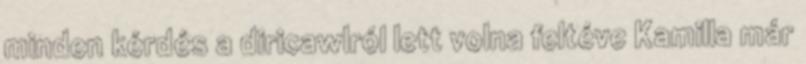
minden kérdés a diricawlról lett volna feltéve Kamilla már